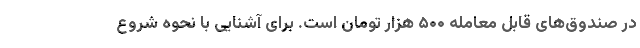
در صندوق‌های قابل معامله ۵۰۰ هزار تومان است. برای آشنایی با نحوه شروع